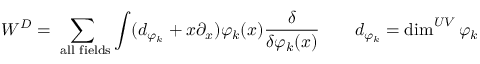
{ \cal W } ^ { D } = \sum _ { \mathrm { \scriptsize ~ a l l ~ f i e l d s } } \int ( d _ { \varphi _ { k } } + x \partial _ { x } ) \varphi _ { k } ( x ) { \frac { \delta } { \delta \varphi _ { k } ( x ) } } \qquad d _ { \varphi _ { k } } = \dim ^ { U V } { \varphi _ { k } }